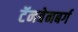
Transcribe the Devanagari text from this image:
टॅनबेनबर्ग